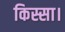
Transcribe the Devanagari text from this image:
किस्सा।